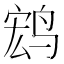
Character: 𲍺